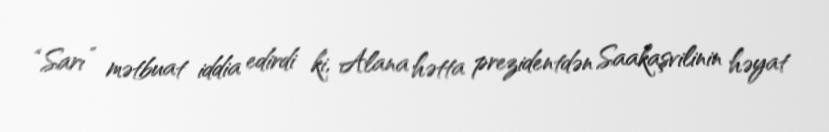
“Sarı” mətbuat iddia edirdi ki, Alana hətta prezidentdən Saakaşvilinin həyat